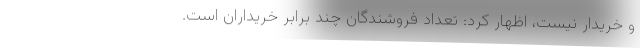
و خریدار نیست، اظهار کرد: تعداد فروشندگان چند برابر خریداران است.